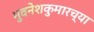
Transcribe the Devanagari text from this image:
भुवनेशकुमारच्या